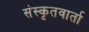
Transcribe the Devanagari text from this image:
संस्कृतवार्ता